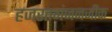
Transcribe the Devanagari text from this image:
हजरतगंजनजीक